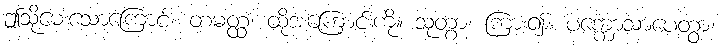
ဤသို့မေးသောကြောင့်။ တမတ္ထံ၊ ထိုအကြောင်းကို။ သုတွာ၊ ကြား၍။ ပက္ကောသာပေတွာ၊